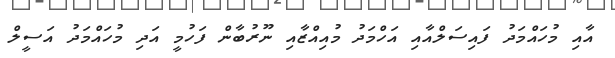
އާއި މުހައްމަދު ފައިސަލްއާއި އަހްމަދު މުއިއްޒާއި ނޫރުބާން ފަހުމީ އަދި މުހައްމަދު އަސީލް